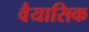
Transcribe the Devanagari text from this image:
वैयासिक